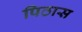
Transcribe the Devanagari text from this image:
पिठास